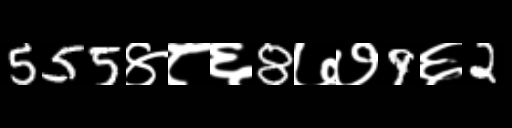
Text: 555४८६8७७9६2